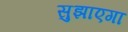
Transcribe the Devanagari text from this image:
सुझाएगा